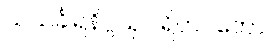
သသင်္ခါရနိဂ္ဂယှဝါရိတဝတော